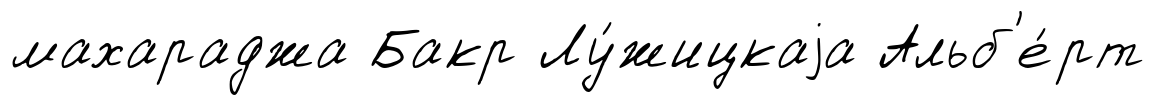
махараджа Бакр Лу́жицкаjа Альб'е́рт